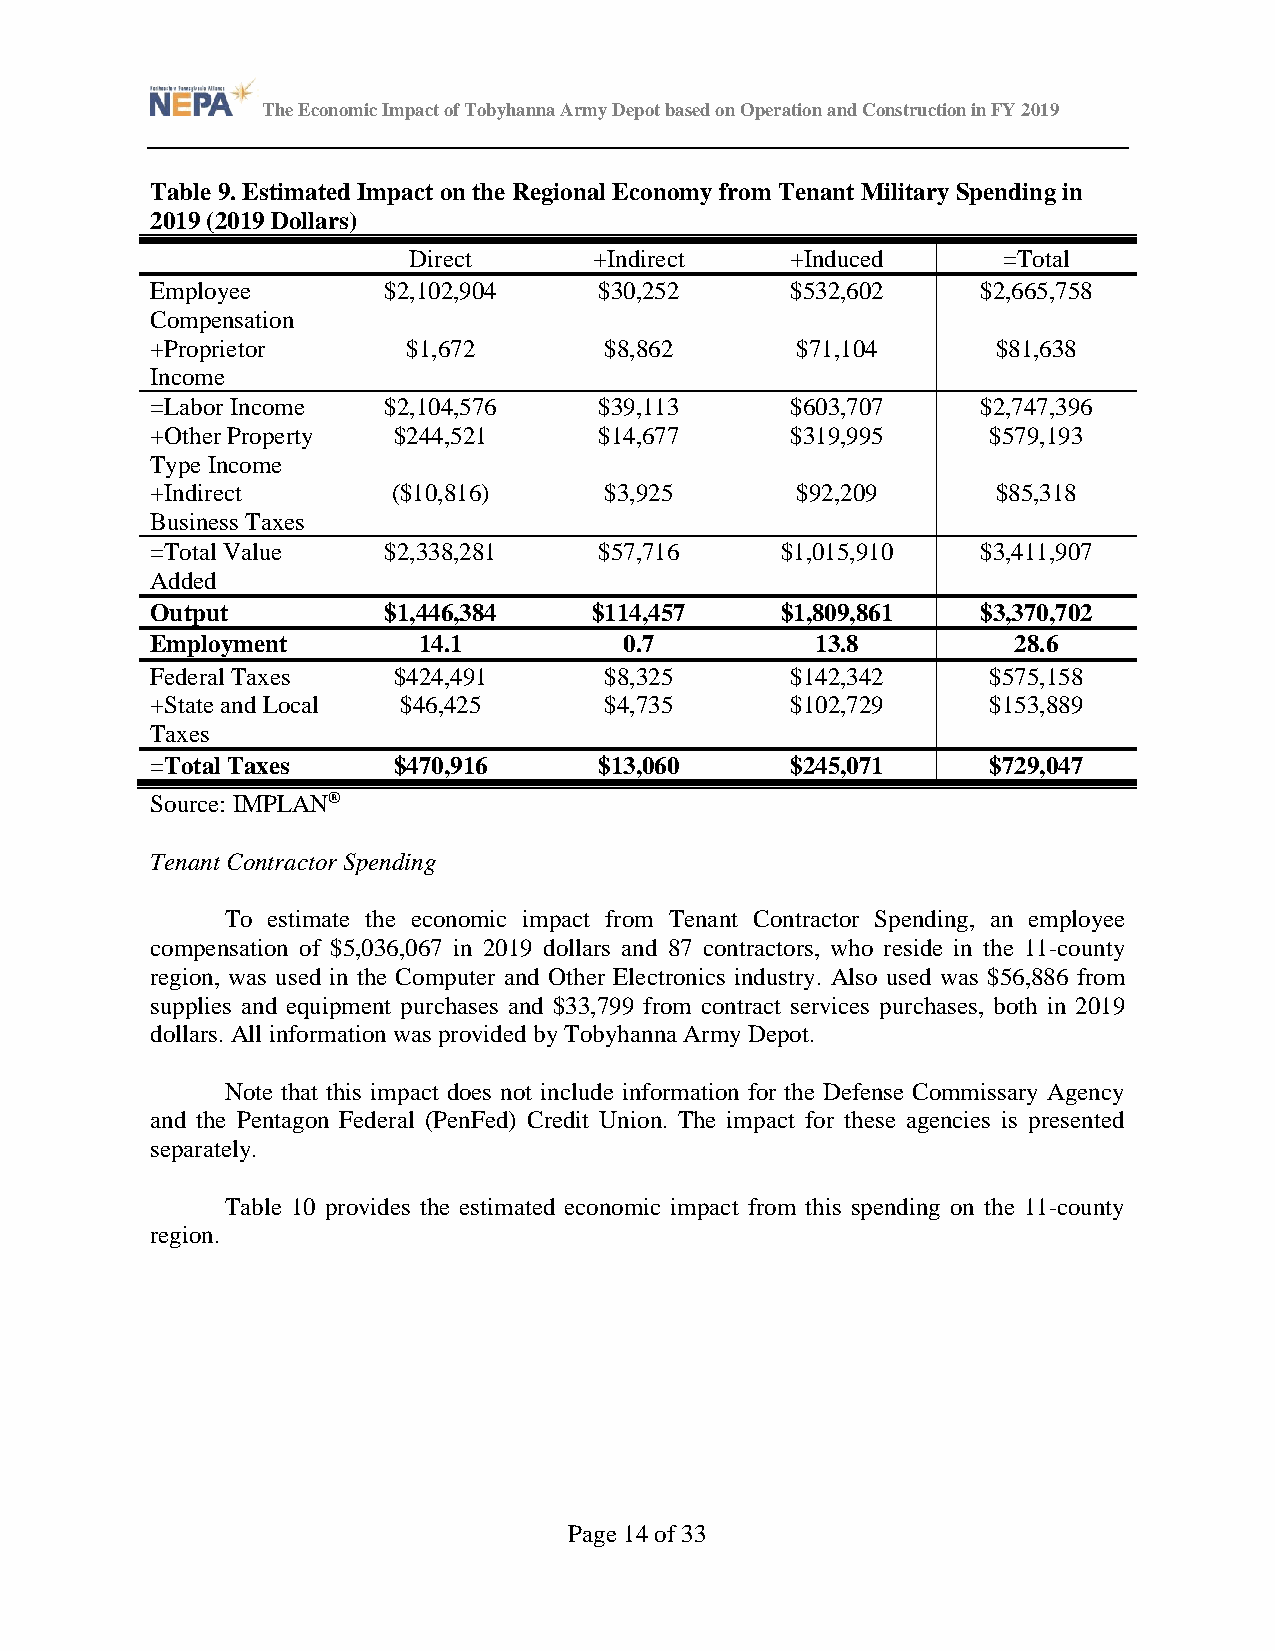
The Economic Impact of Tobyhanna Army Depot based on Operation and Construction in FY 2019
 Table 9. Estimated Impact on the Regional Economy from Tenant Military Spending in
 2019 (2019 Dollars)
 Direct      +Indirect    +Induced      =Total
 Employee       $2,102,904     $30,252     $532,602     $2,665,758
 Compensation
 +Proprietor      $1,672       $8,862       $71,104      $81,638
 Income
 =Labor Income  $2,104,576     $39,113     $603,707     $2,747,396
 +Other Property $244,521      $14,677     $319,995      $579,193
 Type Income
 +Indirect       ($10,816)     $3,925       $92,209      $85,318
 Business Taxes
 =Total Value   $2,338,281     $57,716     $1,015,910   $3,411,907
 Added
 Output         $1,446,384    $114,457     $1,809,861   $3,370,702
 Employment        14.1         0.7          13.8         28.6
 Federal Taxes   $424,491      $8,325      $142,342      $575,158
 +State and Local $46,425      $4,735      $102,729      $153,889
 Taxes
 =Total Taxes    $470,916      $13,060     $245,071      $729,047
 Source: IMPLAN®
 Tenant Contractor Spending
 To estimate the economic impact from Tenant Contractor Spending, an employee
 compensation of $5,036,067 in 2019 dollars and 87 contractors, who reside in the 11-county
 region, was used in the Computer and Other Electronics industry. Also used was $56,886 from
 supplies and equipment purchases and $33,799 from contract services purchases, both in 2019
 dollars. All information was provided by Tobyhanna Army Depot.
 Note that this impact does not include information for the Defense Commissary Agency
 and the Pentagon Federal (PenFed) Credit Union. The impact for these agencies is presented
 separately.
 Table 10 provides the estimated economic impact from this spending on the 11-county
 region.
 Page 14 of 33